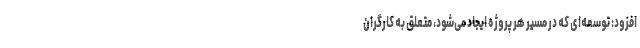
افزود: توسعه‌ای که در مسیر هر پروژه ایجاد می‌شود، متعلق به کارگران